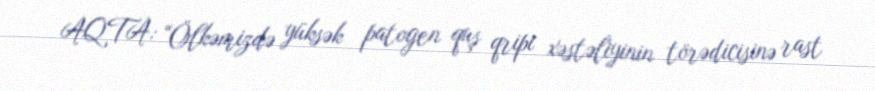
AQTA: “Ölkəmizdə yüksək patogen quş qripi xəstəliyinin törədicisinə rast